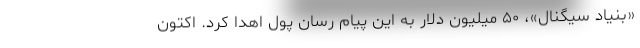
«بنیاد سیگنال»، ۵۰ میلیون دلار به این پیام رسان پول اهدا کرد. اکتون